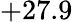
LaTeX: +27.9